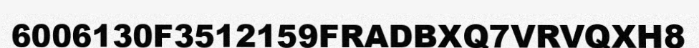
6006130F3512159FRADBXQ7VRVQXH8